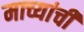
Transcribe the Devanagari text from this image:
माच्यांची